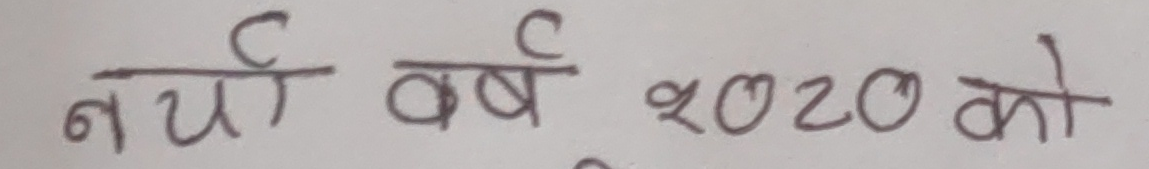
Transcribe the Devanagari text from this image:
नयाँ वर्ष २०२० को